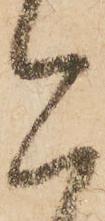
今